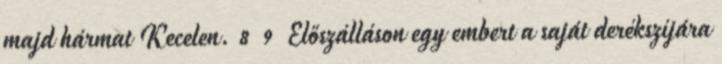
majd hármat Kecelen. 8 9 Előszálláson egy embert a saját derékszíjára